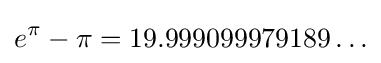
e^{\pi }-\pi =19.999099979189\ldots